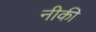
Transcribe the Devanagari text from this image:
नीकी